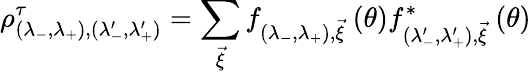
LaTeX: \rho_{(\lambda_{-},\lambda_{+}),(\lambda_{-}^{\prime},\lambda_{+}^{\prime})}^{\tau}=\sum_{\vec{\xi}}f_{(\lambda_{-},\lambda_{+}),\vec{\xi}}\ (\theta)f_{(\lambda_{-}^{\prime},\lambda_{+}^{\prime}),\vec{\xi}}^{*}\ (\theta)